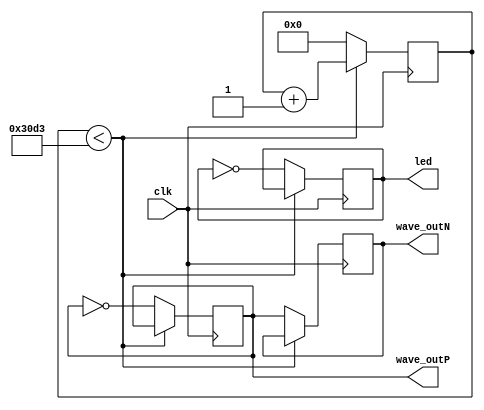
module square_wave_generator(
    input wire clk, // Clock Input
    output reg led = 0, // Initialize LED to OFF at startup
    output reg wave_outP = 0, // Positive Square Wave Output
    output reg wave_outN = 0 // Inverted Square Wave Output
);

// Parameters
parameter CLK_FREQ = 25_000_000;
parameter WAVE_FREQ = 1_000;
parameter HALF_PERIOD_COUNT = CLK_FREQ / (2 * WAVE_FREQ);

reg[31 : 0] counter = 0;

always @(posedge clk) begin
    if(counter < HALF_PERIOD_COUNT - 1) begin
        counter <= counter + 1;
    end else begin
        wave_outP <= ~wave_outP;
        wave_outN <= wave_outP;
        led <= ~led;
        counter <= 0;
    end
end

endmodule